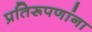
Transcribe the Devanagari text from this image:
प्रतिरूपणांना